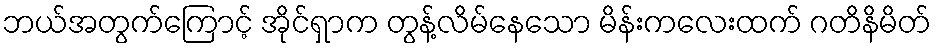
ဘယ်အတွက်ကြောင့် အိုင်ရှာက တွန့်လိမ်နေသော မိန်းကလေးထက် ဂတိနိမိတ်